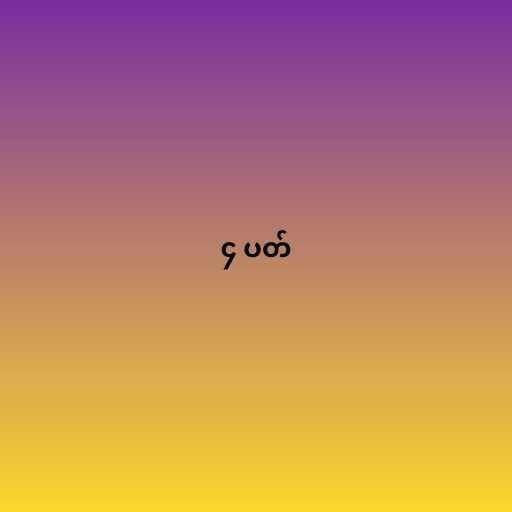
၄ ပတ်